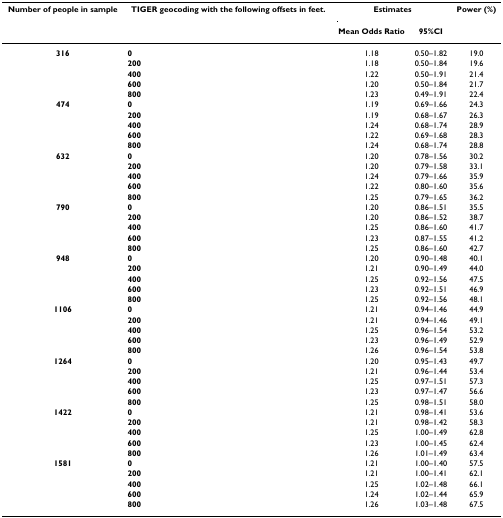
<table><thead><tr><td><b>Number of people in sample</b></td><td><b>TIGER geocoding with the following offsets in feet.</b></td><td colspan="2"><b>Estimates</b></td><td><b>Power (%)</b></td></tr><tr><td></td><td></td><td><b>Mean Odds Ratio</b></td><td><b>95%CI</b></td><td></td></tr></thead><tbody><tr><td><b>316</b></td><td><b>0</b></td><td>1.18</td><td>0.50–1.82</td><td>19.0</td></tr><tr><td></td><td><b>200</b></td><td>1.18</td><td>0.50–1.84</td><td>19.6</td></tr><tr><td></td><td><b>400</b></td><td>1.22</td><td>0.50–1.91</td><td>21.4</td></tr><tr><td></td><td><b>600</b></td><td>1.20</td><td>0.50–1.84</td><td>21.7</td></tr><tr><td></td><td><b>800</b></td><td>1.23</td><td>0.49–1.91</td><td>22.4</td></tr><tr><td><b>474</b></td><td><b>0</b></td><td>1.19</td><td>0.69–1.66</td><td>24.3</td></tr><tr><td></td><td><b>200</b></td><td>1.19</td><td>0.68–1.67</td><td>26.3</td></tr><tr><td></td><td><b>400</b></td><td>1.24</td><td>0.68–1.74</td><td>28.9</td></tr><tr><td></td><td><b>600</b></td><td>1.22</td><td>0.69–1.68</td><td>28.3</td></tr><tr><td></td><td><b>800</b></td><td>1.24</td><td>0.68–1.74</td><td>28.8</td></tr><tr><td><b>632</b></td><td><b>0</b></td><td>1.20</td><td>0.78–1.56</td><td>30.2</td></tr><tr><td></td><td><b>200</b></td><td>1.20</td><td>0.79–1.58</td><td>33.1</td></tr><tr><td></td><td><b>400</b></td><td>1.24</td><td>0.79–1.66</td><td>35.9</td></tr><tr><td></td><td><b>600</b></td><td>1.22</td><td>0.80–1.60</td><td>35.6</td></tr><tr><td></td><td><b>800</b></td><td>1.25</td><td>0.79–1.65</td><td>36.2</td></tr><tr><td><b>790</b></td><td><b>0</b></td><td>1.20</td><td>0.86–1.51</td><td>35.5</td></tr><tr><td></td><td><b>200</b></td><td>1.20</td><td>0.86–1.52</td><td>38.7</td></tr><tr><td></td><td><b>400</b></td><td>1.25</td><td>0.86–1.60</td><td>41.7</td></tr><tr><td></td><td><b>600</b></td><td>1.23</td><td>0.87–1.55</td><td>41.2</td></tr><tr><td></td><td><b>800</b></td><td>1.25</td><td>0.86–1.60</td><td>42.7</td></tr><tr><td><b>948</b></td><td><b>0</b></td><td>1.20</td><td>0.90–1.48</td><td>40.1</td></tr><tr><td></td><td><b>200</b></td><td>1.21</td><td>0.90–1.49</td><td>44.0</td></tr><tr><td></td><td><b>400</b></td><td>1.25</td><td>0.92–1.56</td><td>47.5</td></tr><tr><td></td><td><b>600</b></td><td>1.23</td><td>0.92–1.51</td><td>46.9</td></tr><tr><td></td><td><b>800</b></td><td>1.25</td><td>0.92–1.56</td><td>48.1</td></tr><tr><td><b>1106</b></td><td><b>0</b></td><td>1.21</td><td>0.94–1.46</td><td>44.9</td></tr><tr><td></td><td><b>200</b></td><td>1.21</td><td>0.94–1.46</td><td>49.1</td></tr><tr><td></td><td><b>400</b></td><td>1.25</td><td>0.96–1.54</td><td>53.2</td></tr><tr><td></td><td><b>600</b></td><td>1.23</td><td>0.96–1.49</td><td>52.9</td></tr><tr><td></td><td><b>800</b></td><td>1.26</td><td>0.96–1.54</td><td>53.8</td></tr><tr><td><b>1264</b></td><td><b>0</b></td><td>1.20</td><td>0.95–1.43</td><td>49.7</td></tr><tr><td></td><td><b>200</b></td><td>1.21</td><td>0.96–1.44</td><td>53.4</td></tr><tr><td></td><td><b>400</b></td><td>1.25</td><td>0.97–1.51</td><td>57.3</td></tr><tr><td></td><td><b>600</b></td><td>1.23</td><td>0.97–1.47</td><td>56.6</td></tr><tr><td></td><td><b>800</b></td><td>1.25</td><td>0.98–1.51</td><td>58.0</td></tr><tr><td><b>1422</b></td><td><b>0</b></td><td>1.21</td><td>0.98–1.41</td><td>53.6</td></tr><tr><td></td><td><b>200</b></td><td>1.21</td><td>0.98–1.42</td><td>58.3</td></tr><tr><td></td><td><b>400</b></td><td>1.25</td><td>1.00–1.49</td><td>62.8</td></tr><tr><td></td><td><b>600</b></td><td>1.23</td><td>1.00–1.45</td><td>62.4</td></tr><tr><td></td><td><b>800</b></td><td>1.26</td><td>1.01–1.49</td><td>63.4</td></tr><tr><td><b>1581</b></td><td><b>0</b></td><td>1.21</td><td>1.00–1.40</td><td>57.5</td></tr><tr><td></td><td><b>200</b></td><td>1.21</td><td>1.00–1.41</td><td>62.1</td></tr><tr><td></td><td><b>400</b></td><td>1.25</td><td>1.02–1.48</td><td>66.1</td></tr><tr><td></td><td><b>600</b></td><td>1.24</td><td>1.02–1.44</td><td>65.9</td></tr><tr><td></td><td><b>800</b></td><td>1.26</td><td>1.03–1.48</td><td>67.5</td></tr></tbody></table>